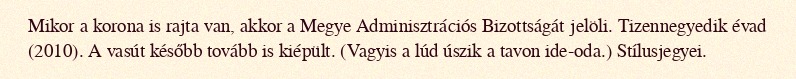
Mikor a korona is rajta van, akkor a Megye Adminisztrációs Bizottságát jelöli. Tizennegyedik évad (2010). A vasút később tovább is kiépült. (Vagyis a lúd úszik a tavon ide-oda.) Stílusjegyei.